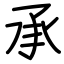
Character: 承